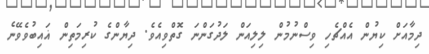
ދިމާއަށް ކިޔުން އެއްޗެހި ވިސްނުމުން ލިލިއަން ލަދުގަންނަ ގޮތްވިއެވެ. ދިޔާންގެ ކުރިމަތިން ޣައިބުވެވޭނެ